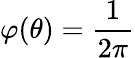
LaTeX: \varphi(\theta)=\frac{1}{2\pi}